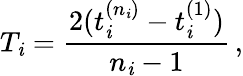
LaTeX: T_{\mathit{i}}=\frac{{2(t_{\mathit{i}}^{(n_{\mathit{i}})}-t_{\mathit{i}}^{(1)})}}{{n_{\mathit{i}}-1}}\, ,